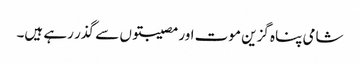
شامی پناہ گزین موت اور مصیبتوں سے گذر رہے ہیں۔